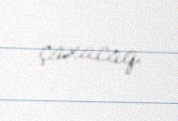
çaxacaq.